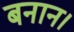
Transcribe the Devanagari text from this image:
बनान।